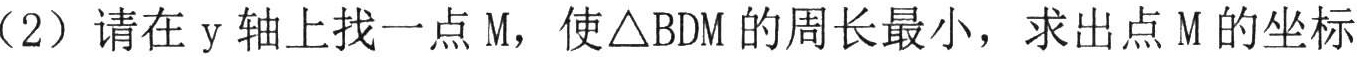
(2）请在\(y\)轴上找一点\(M\)，使\(\triangle BDM\)的周长最小，求出点\(M\)的坐标